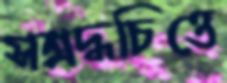
সশ্রদ্ধচিত্তে